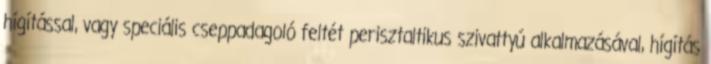
hígítással, vagy speciális cseppadagoló feltét perisztaltikus szivattyú alkalmazásával, hígítás